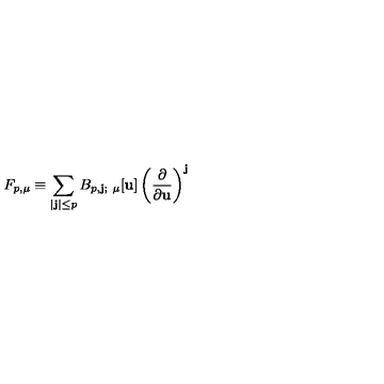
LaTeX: F _ { p , \mu } \equiv \sum _ { | \mathbf { j } | \le p } B _ { p , \mathbf { j } ; \ \mu } [ \mathbf { u } ] \left( \frac { \partial } { \partial \mathbf { u } } \right) ^ { \mathbf { j } }